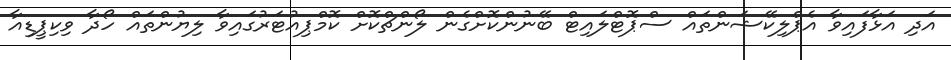
އަދި އަޅާފައިވާ އެޕްލިކޭޝަންތައް ސްޕޮޓްލައިޓް ބޭނުންކޮށްގެން ލޯންޗްކޮށް ކޮމްޕިއުޓަރުގައިވާ ލިޔުންތައް ހޯދާ ވިކިޕީޑިއާ